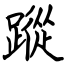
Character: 蹤